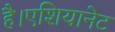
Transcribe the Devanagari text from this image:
है।एशियानेट